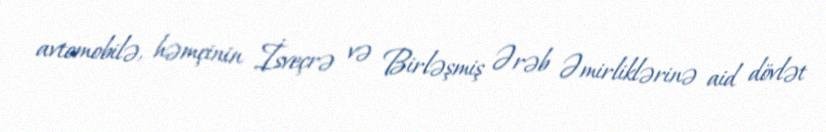
avtomobilə, həmçinin İsveçrə və Birləşmiş Ərəb Əmirliklərinə aid dövlət